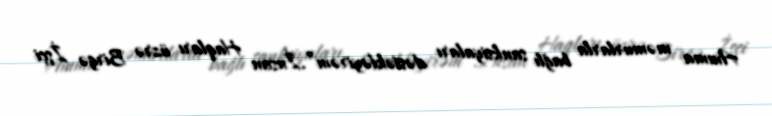
Amma məmurlarla bağlı sanksiyaları dəstəkləyirəm”.İnsan Haqları üzrə Birgə İşçi